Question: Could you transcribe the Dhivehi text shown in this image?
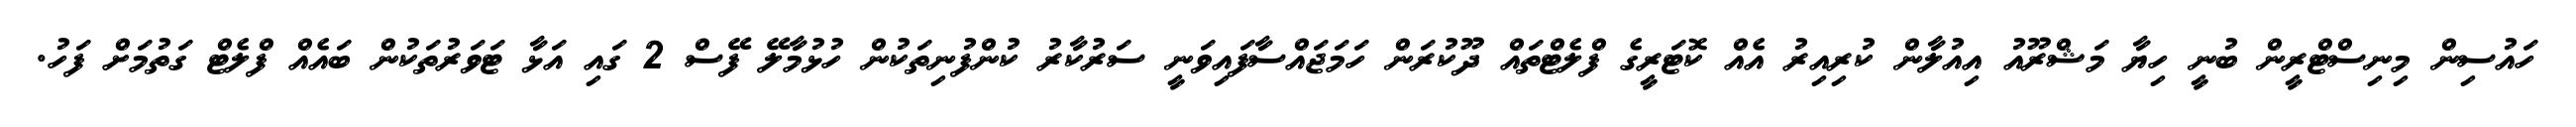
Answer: ހައުސިން މިނިސްޓްރީން ބުނީ ހިޔާ މަޝްރޫއު އިއުލާން ކުރިއިރު އެއް ކޮޓަރީގެ ފްލެޓްތައް ދޫކުރަން ހަމަޖައްސާފައިވަނީ ސަރުކާރު ކުންފުނިތަކުން ހުޅުމާލޭ ފޭސް 2 ގައި އަޅާ ޓަވަރުތަކުން ބައެއް ފްލެޓް ގަތުމަށް ފަހު.